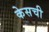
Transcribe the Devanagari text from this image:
केसची